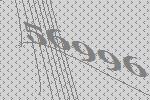
56996